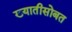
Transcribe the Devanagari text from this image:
ख्यातीसोबत